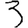
Digit: 3